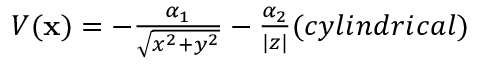
\begin{array} { c } { { V ( { \bf x } ) = - { \frac { \alpha _ { 1 } } { \sqrt { x ^ { 2 } + y ^ { 2 } } } } - { \frac { \alpha _ { 2 } } { | z | } } \space \space \space \space ( c y l i n d r i c a l ) } } \end{array} \nonumber